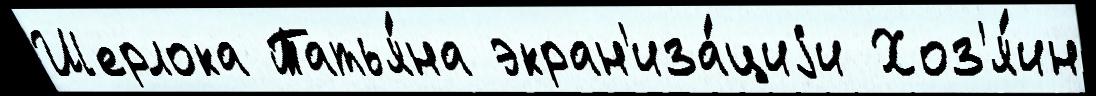
Шерлока Татья́на экран'иза́циjи Хоз'я́ин